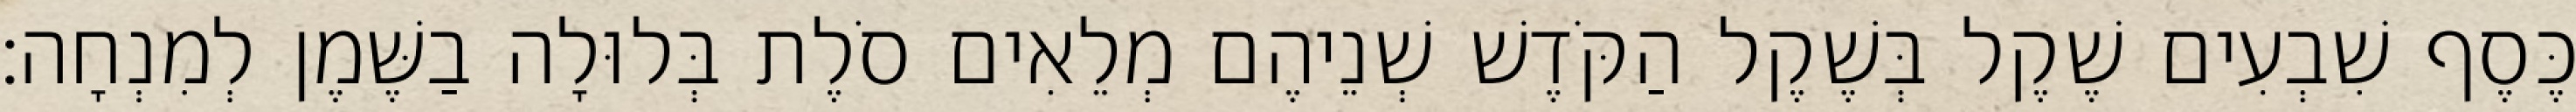
כֶּסֶף שִׁבְעִים שֶׁקֶל בְּשֶׁקֶל הַקֹּדֶשׁ שְׁנֵיהֶם מְלֵאִים סֹלֶת בְּלוּלָה בַשֶּׁמֶן לְמִנְחָה׃